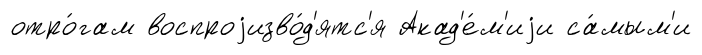
отро́гам воспроjизво́д'ятс'я Акад'е́м'иjи са́мым'и